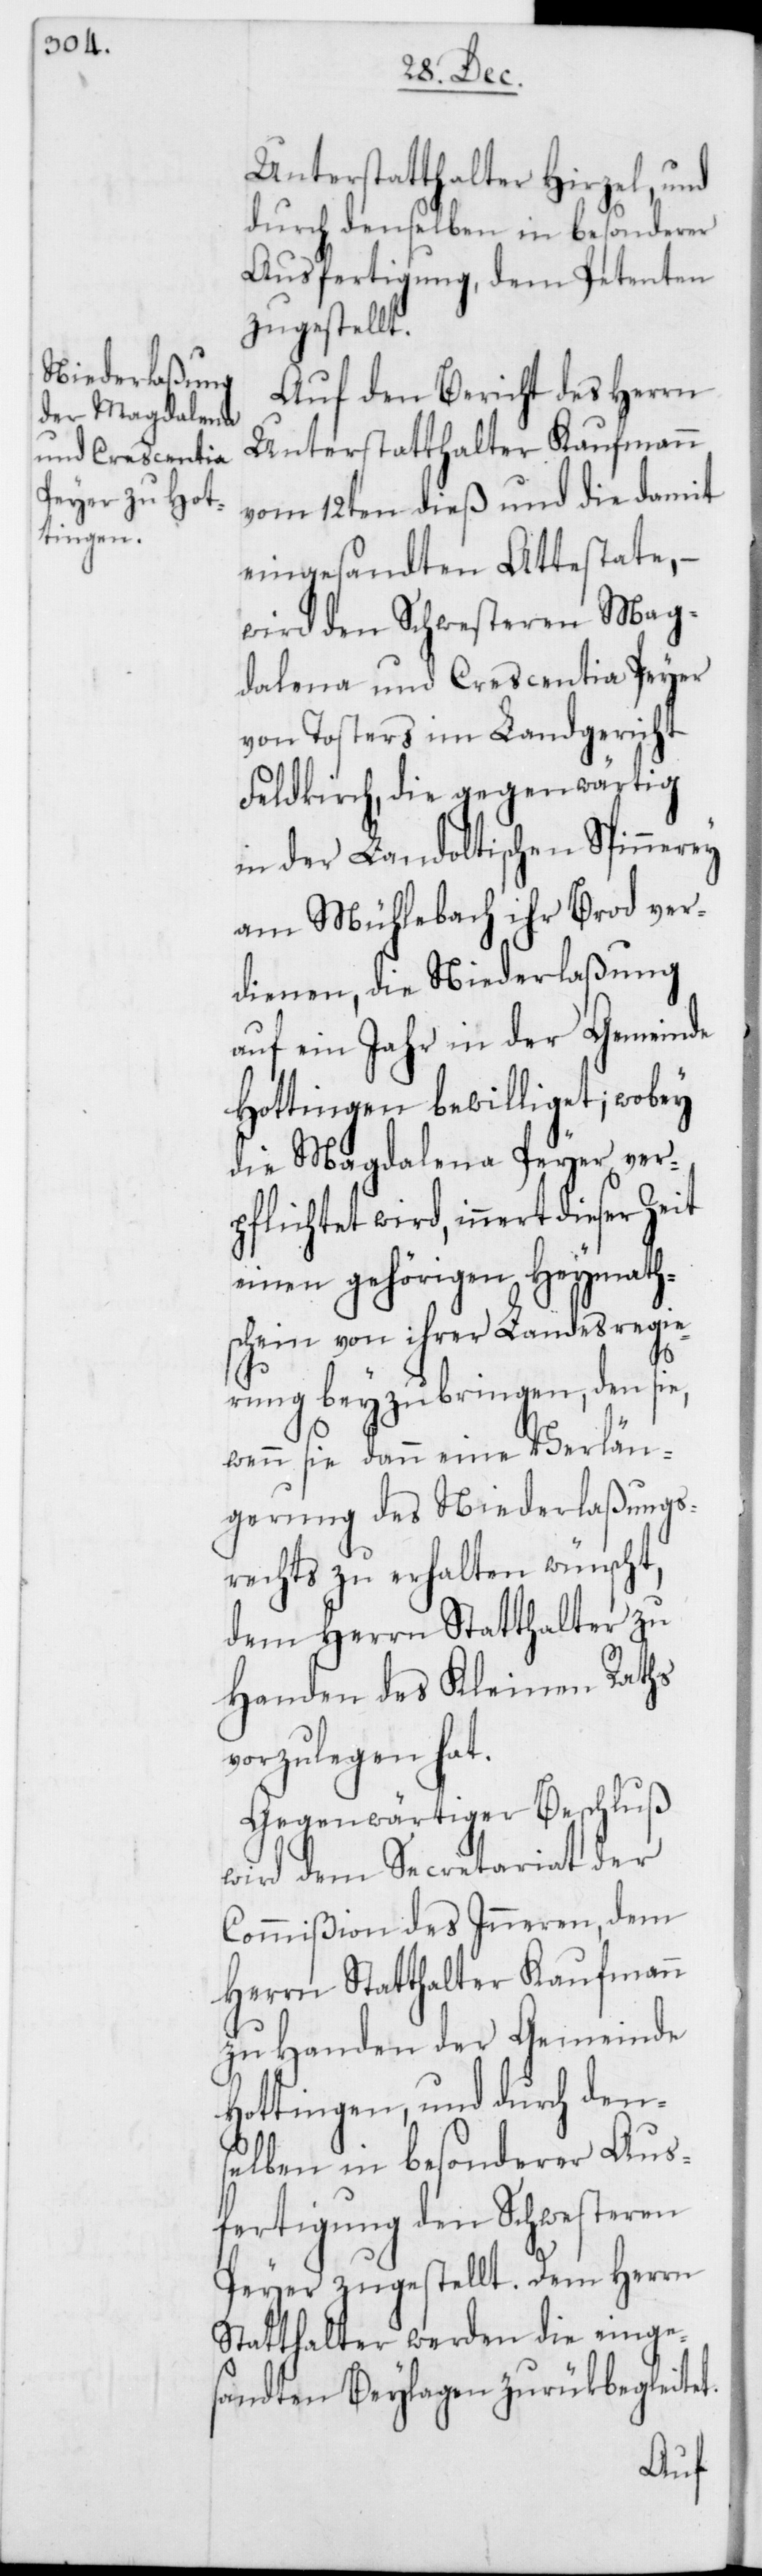
Unterstatthalter Hirzel, und
durch denselben in besonderer
Ausfertigung, dem Petenten
zugestellt.
Auf den Bericht des Herrn
Unterstatthalter Kaufmann
vom 12ten dieß und die damit
eingesandten Attestate, –
wird den Schwesteren Mag¬
dalena und Crescentia Peyer
von Tosters im Landgericht
Feldkirch, die gegenwärtig
in der Landoltischen Spinnerey
am Mühlebach ihr Brod ver¬
dienen, die Niederlaßung
auf ein Jahr in der Gemeinde
Hottingen bewilliget; wobey
die Magdalena Peyer ver¬
pflichtet wird, innert
einen gehörigen Heymath¬
schein von ihrer Landesregie¬
rung beyzubringen, den sie,
wenn sie dann eine Verlän¬
gerung des Niederlaßungs¬
rechts zu erhalten wünscht,
dem Herrn Statthalter zu
Handen des Kleinen Raths
vorzulegen hat.
Gegenwärtiger Beschluß
wird dem Secretariat der
Commißion des Inneren, dem
Herrn Statthalter Kaufmann
zu Handen der Gemeinde
Hottingen, und durch den¬
selben in besonderer Aus¬
fertigung den Schwesteren
Peyer zugestellt. Dem Herrn
Statthalter werden die einge¬
sandten Beylagen zurükbegleitet.